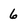
Character: 6